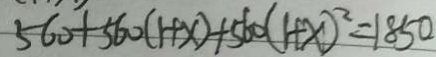
5 6 0 + 5 6 0 ( 1 + x ) + 5 6 0 ( 1 + x ) ^ { 2 } = 1 8 5 0